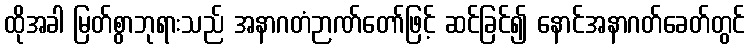
ထိုအခါ မြတ်စွာဘုရားသည် အနာဂတံဉာဏ်တော်ဖြင့် ဆင်ခြင်၍ နောင်အနာဂတ်ခေတ်တွင်